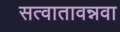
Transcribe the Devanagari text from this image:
सत्वातावन्नवा